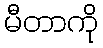
မီတာကို